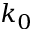
k _ { 0 }